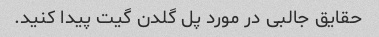
حقایق جالبی در مورد پل گلدن گیت پیدا کنید.